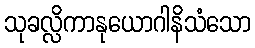
သုခလ္လိကာနုယောဂါနိသံသော